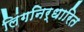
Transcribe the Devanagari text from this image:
लिंगनिर्धारित